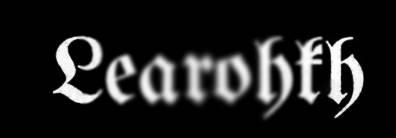
Learohkh